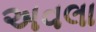
અવલા